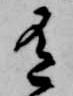
有